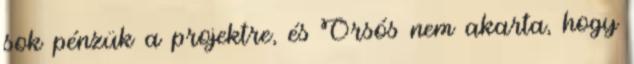
sok pénzük a projektre, és Orsós nem akarta, hogy